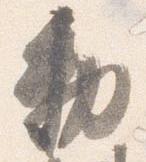
勅